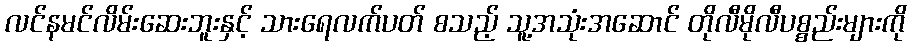
လင်နမင်လိမ်းဆေးဘူးနှင့် သားရေလက်ပတ် စသည့် သူ့အသုံးအဆောင် တိုလီမိုလီပစ္စည်းများကို